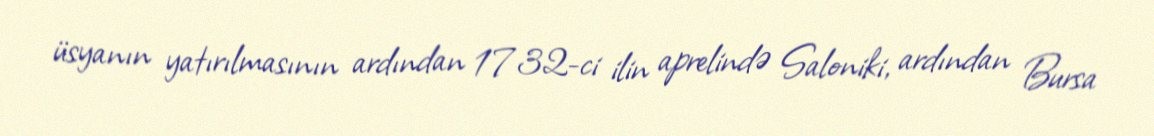
üsyanın yatırılmasının ardından 1732-ci ilin aprelində Saloniki, ardından Bursa